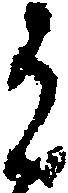
候